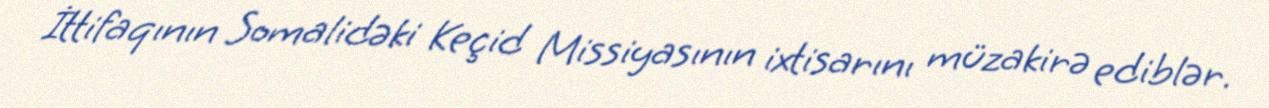
İttifaqının Somalidəki Keçid Missiyasının ixtisarını müzakirə ediblər.